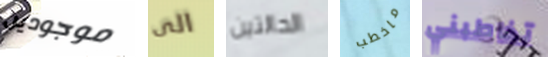
موجودين الى الحالتين ماخطب تخاطبني